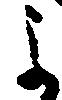
よ